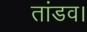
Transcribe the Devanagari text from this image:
तांडव।